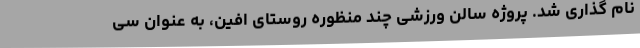
نام گذاری شد. پروژه سالن ورزشی چند منظوره روستای افین، به عنوان سی